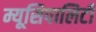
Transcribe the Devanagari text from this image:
म्यूसिपालिटी